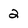
Character: 2